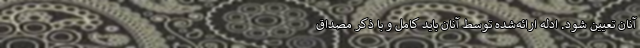
آنان تعیین شود. ادله ارائه‌شده توسط آنان باید کامل و با ذکر مصداق